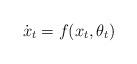
LaTeX: \begin{align*}\dot{x}_t & = f(x_t, \theta_t) \end{align*}